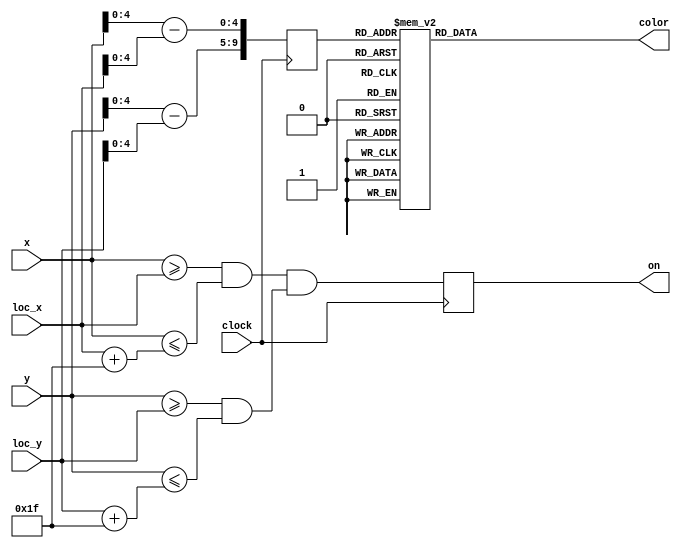
module Prof_F
(
   input            clock, 
   input      [7:0] x,
   input      [7:0] y, 
   input      [7:0] loc_x, 
   input      [7:0] loc_y, 
   output reg       on,
   output reg [1:0] color
);

   localparam WIDTH = 8'd32,
              HEIGHT = 8'd32;

   always @( posedge clock ) begin
      on <= (x >= loc_x && x <= (loc_x+(WIDTH-1)))
            && (y >= loc_y && y <= (loc_y+(HEIGHT-1)));
   end

   reg [9:0] addr;
   always @( posedge clock )
      addr <= {y[4:0]-loc_y[4:0],x[4:0]-loc_x[4:0]};

always @(*) begin
   case( addr )
      10'h000: color = 2'b11;
      10'h001: color = 2'b11;
      10'h002: color = 2'b11;
      10'h003: color = 2'b11;
      10'h004: color = 2'b10;
      10'h005: color = 2'b10;
      10'h006: color = 2'b11;
      10'h007: color = 2'b11;
      10'h008: color = 2'b10;
      10'h009: color = 2'b10;
      10'h00a: color = 2'b11;
      10'h00b: color = 2'b11;
      10'h00c: color = 2'b11;
      10'h00d: color = 2'b11;
      10'h00e: color = 2'b11;
      10'h00f: color = 2'b11;
      10'h010: color = 2'b11;
      10'h011: color = 2'b11;
      10'h012: color = 2'b11;
      10'h013: color = 2'b11;
      10'h014: color = 2'b10;
      10'h015: color = 2'b10;
      10'h016: color = 2'b11;
      10'h017: color = 2'b11;
      10'h018: color = 2'b10;
      10'h019: color = 2'b10;
      10'h01a: color = 2'b11;
      10'h01b: color = 2'b11;
      10'h01c: color = 2'b11;
      10'h01d: color = 2'b11;
      10'h01e: color = 2'b11;
      10'h01f: color = 2'b11;
      10'h020: color = 2'b11;
      10'h021: color = 2'b11;
      10'h022: color = 2'b11;
      10'h023: color = 2'b11;
      10'h024: color = 2'b10;
      10'h025: color = 2'b10;
      10'h026: color = 2'b11;
      10'h027: color = 2'b11;
      10'h028: color = 2'b10;
      10'h029: color = 2'b10;
      10'h02a: color = 2'b11;
      10'h02b: color = 2'b11;
      10'h02c: color = 2'b11;
      10'h02d: color = 2'b11;
      10'h02e: color = 2'b11;
      10'h02f: color = 2'b11;
      10'h030: color = 2'b11;
      10'h031: color = 2'b11;
      10'h032: color = 2'b11;
      10'h033: color = 2'b11;
      10'h034: color = 2'b10;
      10'h035: color = 2'b10;
      10'h036: color = 2'b11;
      10'h037: color = 2'b11;
      10'h038: color = 2'b10;
      10'h039: color = 2'b10;
      10'h03a: color = 2'b11;
      10'h03b: color = 2'b11;
      10'h03c: color = 2'b11;
      10'h03d: color = 2'b11;
      10'h03e: color = 2'b11;
      10'h03f: color = 2'b11;
      10'h040: color = 2'b11;
      10'h041: color = 2'b11;
      10'h042: color = 2'b10;
      10'h043: color = 2'b10;
      10'h044: color = 2'b11;
      10'h045: color = 2'b11;
      10'h046: color = 2'b11;
      10'h047: color = 2'b11;
      10'h048: color = 2'b11;
      10'h049: color = 2'b11;
      10'h04a: color = 2'b00;
      10'h04b: color = 2'b00;
      10'h04c: color = 2'b00;
      10'h04d: color = 2'b00;
      10'h04e: color = 2'b00;
      10'h04f: color = 2'b00;
      10'h050: color = 2'b00;
      10'h051: color = 2'b00;
      10'h052: color = 2'b00;
      10'h053: color = 2'b00;
      10'h054: color = 2'b00;
      10'h055: color = 2'b00;
      10'h056: color = 2'b11;
      10'h057: color = 2'b11;
      10'h058: color = 2'b11;
      10'h059: color = 2'b11;
      10'h05a: color = 2'b10;
      10'h05b: color = 2'b10;
      10'h05c: color = 2'b11;
      10'h05d: color = 2'b11;
      10'h05e: color = 2'b11;
      10'h05f: color = 2'b11;
      10'h060: color = 2'b11;
      10'h061: color = 2'b11;
      10'h062: color = 2'b10;
      10'h063: color = 2'b10;
      10'h064: color = 2'b11;
      10'h065: color = 2'b11;
      10'h066: color = 2'b11;
      10'h067: color = 2'b11;
      10'h068: color = 2'b11;
      10'h069: color = 2'b11;
      10'h06a: color = 2'b00;
      10'h06b: color = 2'b00;
      10'h06c: color = 2'b00;
      10'h06d: color = 2'b00;
      10'h06e: color = 2'b00;
      10'h06f: color = 2'b00;
      10'h070: color = 2'b00;
      10'h071: color = 2'b00;
      10'h072: color = 2'b00;
      10'h073: color = 2'b00;
      10'h074: color = 2'b00;
      10'h075: color = 2'b00;
      10'h076: color = 2'b11;
      10'h077: color = 2'b11;
      10'h078: color = 2'b11;
      10'h079: color = 2'b11;
      10'h07a: color = 2'b10;
      10'h07b: color = 2'b10;
      10'h07c: color = 2'b11;
      10'h07d: color = 2'b11;
      10'h07e: color = 2'b11;
      10'h07f: color = 2'b11;
      10'h080: color = 2'b10;
      10'h081: color = 2'b10;
      10'h082: color = 2'b11;
      10'h083: color = 2'b11;
      10'h084: color = 2'b00;
      10'h085: color = 2'b00;
      10'h086: color = 2'b00;
      10'h087: color = 2'b00;
      10'h088: color = 2'b00;
      10'h089: color = 2'b00;
      10'h08a: color = 2'b11;
      10'h08b: color = 2'b11;
      10'h08c: color = 2'b11;
      10'h08d: color = 2'b11;
      10'h08e: color = 2'b11;
      10'h08f: color = 2'b11;
      10'h090: color = 2'b11;
      10'h091: color = 2'b11;
      10'h092: color = 2'b11;
      10'h093: color = 2'b11;
      10'h094: color = 2'b11;
      10'h095: color = 2'b11;
      10'h096: color = 2'b00;
      10'h097: color = 2'b00;
      10'h098: color = 2'b11;
      10'h099: color = 2'b11;
      10'h09a: color = 2'b11;
      10'h09b: color = 2'b11;
      10'h09c: color = 2'b10;
      10'h09d: color = 2'b10;
      10'h09e: color = 2'b11;
      10'h09f: color = 2'b11;
      10'h0a0: color = 2'b10;
      10'h0a1: color = 2'b10;
      10'h0a2: color = 2'b11;
      10'h0a3: color = 2'b11;
      10'h0a4: color = 2'b00;
      10'h0a5: color = 2'b00;
      10'h0a6: color = 2'b00;
      10'h0a7: color = 2'b00;
      10'h0a8: color = 2'b00;
      10'h0a9: color = 2'b00;
      10'h0aa: color = 2'b11;
      10'h0ab: color = 2'b11;
      10'h0ac: color = 2'b11;
      10'h0ad: color = 2'b11;
      10'h0ae: color = 2'b11;
      10'h0af: color = 2'b11;
      10'h0b0: color = 2'b11;
      10'h0b1: color = 2'b11;
      10'h0b2: color = 2'b11;
      10'h0b3: color = 2'b11;
      10'h0b4: color = 2'b11;
      10'h0b5: color = 2'b11;
      10'h0b6: color = 2'b00;
      10'h0b7: color = 2'b00;
      10'h0b8: color = 2'b11;
      10'h0b9: color = 2'b11;
      10'h0ba: color = 2'b11;
      10'h0bb: color = 2'b11;
      10'h0bc: color = 2'b10;
      10'h0bd: color = 2'b10;
      10'h0be: color = 2'b11;
      10'h0bf: color = 2'b11;
      10'h0c0: color = 2'b11;
      10'h0c1: color = 2'b11;
      10'h0c2: color = 2'b11;
      10'h0c3: color = 2'b11;
      10'h0c4: color = 2'b11;
      10'h0c5: color = 2'b11;
      10'h0c6: color = 2'b00;
      10'h0c7: color = 2'b00;
      10'h0c8: color = 2'b11;
      10'h0c9: color = 2'b11;
      10'h0ca: color = 2'b00;
      10'h0cb: color = 2'b00;
      10'h0cc: color = 2'b00;
      10'h0cd: color = 2'b00;
      10'h0ce: color = 2'b11;
      10'h0cf: color = 2'b11;
      10'h0d0: color = 2'b00;
      10'h0d1: color = 2'b00;
      10'h0d2: color = 2'b00;
      10'h0d3: color = 2'b00;
      10'h0d4: color = 2'b00;
      10'h0d5: color = 2'b00;
      10'h0d6: color = 2'b11;
      10'h0d7: color = 2'b11;
      10'h0d8: color = 2'b00;
      10'h0d9: color = 2'b00;
      10'h0da: color = 2'b11;
      10'h0db: color = 2'b11;
      10'h0dc: color = 2'b11;
      10'h0dd: color = 2'b11;
      10'h0de: color = 2'b10;
      10'h0df: color = 2'b10;
      10'h0e0: color = 2'b11;
      10'h0e1: color = 2'b11;
      10'h0e2: color = 2'b11;
      10'h0e3: color = 2'b11;
      10'h0e4: color = 2'b11;
      10'h0e5: color = 2'b11;
      10'h0e6: color = 2'b00;
      10'h0e7: color = 2'b00;
      10'h0e8: color = 2'b11;
      10'h0e9: color = 2'b11;
      10'h0ea: color = 2'b00;
      10'h0eb: color = 2'b00;
      10'h0ec: color = 2'b00;
      10'h0ed: color = 2'b00;
      10'h0ee: color = 2'b11;
      10'h0ef: color = 2'b11;
      10'h0f0: color = 2'b00;
      10'h0f1: color = 2'b00;
      10'h0f2: color = 2'b00;
      10'h0f3: color = 2'b00;
      10'h0f4: color = 2'b00;
      10'h0f5: color = 2'b00;
      10'h0f6: color = 2'b11;
      10'h0f7: color = 2'b11;
      10'h0f8: color = 2'b00;
      10'h0f9: color = 2'b00;
      10'h0fa: color = 2'b11;
      10'h0fb: color = 2'b11;
      10'h0fc: color = 2'b11;
      10'h0fd: color = 2'b11;
      10'h0fe: color = 2'b10;
      10'h0ff: color = 2'b10;
      10'h100: color = 2'b10;
      10'h101: color = 2'b10;
      10'h102: color = 2'b11;
      10'h103: color = 2'b11;
      10'h104: color = 2'b11;
      10'h105: color = 2'b11;
      10'h106: color = 2'b00;
      10'h107: color = 2'b00;
      10'h108: color = 2'b00;
      10'h109: color = 2'b00;
      10'h10a: color = 2'b11;
      10'h10b: color = 2'b11;
      10'h10c: color = 2'b11;
      10'h10d: color = 2'b11;
      10'h10e: color = 2'b00;
      10'h10f: color = 2'b00;
      10'h110: color = 2'b11;
      10'h111: color = 2'b11;
      10'h112: color = 2'b11;
      10'h113: color = 2'b11;
      10'h114: color = 2'b11;
      10'h115: color = 2'b11;
      10'h116: color = 2'b00;
      10'h117: color = 2'b00;
      10'h118: color = 2'b00;
      10'h119: color = 2'b00;
      10'h11a: color = 2'b11;
      10'h11b: color = 2'b11;
      10'h11c: color = 2'b11;
      10'h11d: color = 2'b11;
      10'h11e: color = 2'b11;
      10'h11f: color = 2'b11;
      10'h120: color = 2'b10;
      10'h121: color = 2'b10;
      10'h122: color = 2'b11;
      10'h123: color = 2'b11;
      10'h124: color = 2'b11;
      10'h125: color = 2'b11;
      10'h126: color = 2'b00;
      10'h127: color = 2'b00;
      10'h128: color = 2'b00;
      10'h129: color = 2'b00;
      10'h12a: color = 2'b11;
      10'h12b: color = 2'b11;
      10'h12c: color = 2'b11;
      10'h12d: color = 2'b11;
      10'h12e: color = 2'b00;
      10'h12f: color = 2'b00;
      10'h130: color = 2'b11;
      10'h131: color = 2'b11;
      10'h132: color = 2'b11;
      10'h133: color = 2'b11;
      10'h134: color = 2'b11;
      10'h135: color = 2'b11;
      10'h136: color = 2'b00;
      10'h137: color = 2'b00;
      10'h138: color = 2'b00;
      10'h139: color = 2'b00;
      10'h13a: color = 2'b11;
      10'h13b: color = 2'b11;
      10'h13c: color = 2'b11;
      10'h13d: color = 2'b11;
      10'h13e: color = 2'b11;
      10'h13f: color = 2'b11;
      10'h140: color = 2'b11;
      10'h141: color = 2'b11;
      10'h142: color = 2'b10;
      10'h143: color = 2'b10;
      10'h144: color = 2'b00;
      10'h145: color = 2'b00;
      10'h146: color = 2'b00;
      10'h147: color = 2'b00;
      10'h148: color = 2'b11;
      10'h149: color = 2'b11;
      10'h14a: color = 2'b11;
      10'h14b: color = 2'b11;
      10'h14c: color = 2'b11;
      10'h14d: color = 2'b11;
      10'h14e: color = 2'b11;
      10'h14f: color = 2'b11;
      10'h150: color = 2'b11;
      10'h151: color = 2'b11;
      10'h152: color = 2'b11;
      10'h153: color = 2'b11;
      10'h154: color = 2'b11;
      10'h155: color = 2'b11;
      10'h156: color = 2'b11;
      10'h157: color = 2'b11;
      10'h158: color = 2'b00;
      10'h159: color = 2'b00;
      10'h15a: color = 2'b00;
      10'h15b: color = 2'b00;
      10'h15c: color = 2'b11;
      10'h15d: color = 2'b11;
      10'h15e: color = 2'b11;
      10'h15f: color = 2'b11;
      10'h160: color = 2'b11;
      10'h161: color = 2'b11;
      10'h162: color = 2'b10;
      10'h163: color = 2'b10;
      10'h164: color = 2'b00;
      10'h165: color = 2'b00;
      10'h166: color = 2'b00;
      10'h167: color = 2'b00;
      10'h168: color = 2'b11;
      10'h169: color = 2'b11;
      10'h16a: color = 2'b11;
      10'h16b: color = 2'b11;
      10'h16c: color = 2'b11;
      10'h16d: color = 2'b11;
      10'h16e: color = 2'b11;
      10'h16f: color = 2'b11;
      10'h170: color = 2'b11;
      10'h171: color = 2'b11;
      10'h172: color = 2'b11;
      10'h173: color = 2'b11;
      10'h174: color = 2'b11;
      10'h175: color = 2'b11;
      10'h176: color = 2'b11;
      10'h177: color = 2'b11;
      10'h178: color = 2'b00;
      10'h179: color = 2'b00;
      10'h17a: color = 2'b00;
      10'h17b: color = 2'b00;
      10'h17c: color = 2'b11;
      10'h17d: color = 2'b11;
      10'h17e: color = 2'b11;
      10'h17f: color = 2'b11;
      10'h180: color = 2'b11;
      10'h181: color = 2'b11;
      10'h182: color = 2'b00;
      10'h183: color = 2'b00;
      10'h184: color = 2'b11;
      10'h185: color = 2'b11;
      10'h186: color = 2'b00;
      10'h187: color = 2'b00;
      10'h188: color = 2'b11;
      10'h189: color = 2'b11;
      10'h18a: color = 2'b10;
      10'h18b: color = 2'b10;
      10'h18c: color = 2'b11;
      10'h18d: color = 2'b11;
      10'h18e: color = 2'b11;
      10'h18f: color = 2'b11;
      10'h190: color = 2'b11;
      10'h191: color = 2'b11;
      10'h192: color = 2'b11;
      10'h193: color = 2'b11;
      10'h194: color = 2'b10;
      10'h195: color = 2'b10;
      10'h196: color = 2'b11;
      10'h197: color = 2'b11;
      10'h198: color = 2'b00;
      10'h199: color = 2'b00;
      10'h19a: color = 2'b11;
      10'h19b: color = 2'b11;
      10'h19c: color = 2'b00;
      10'h19d: color = 2'b00;
      10'h19e: color = 2'b11;
      10'h19f: color = 2'b11;
      10'h1a0: color = 2'b11;
      10'h1a1: color = 2'b11;
      10'h1a2: color = 2'b00;
      10'h1a3: color = 2'b00;
      10'h1a4: color = 2'b11;
      10'h1a5: color = 2'b11;
      10'h1a6: color = 2'b00;
      10'h1a7: color = 2'b00;
      10'h1a8: color = 2'b11;
      10'h1a9: color = 2'b11;
      10'h1aa: color = 2'b10;
      10'h1ab: color = 2'b10;
      10'h1ac: color = 2'b11;
      10'h1ad: color = 2'b11;
      10'h1ae: color = 2'b11;
      10'h1af: color = 2'b11;
      10'h1b0: color = 2'b11;
      10'h1b1: color = 2'b11;
      10'h1b2: color = 2'b11;
      10'h1b3: color = 2'b11;
      10'h1b4: color = 2'b10;
      10'h1b5: color = 2'b10;
      10'h1b6: color = 2'b11;
      10'h1b7: color = 2'b11;
      10'h1b8: color = 2'b00;
      10'h1b9: color = 2'b00;
      10'h1ba: color = 2'b11;
      10'h1bb: color = 2'b11;
      10'h1bc: color = 2'b00;
      10'h1bd: color = 2'b00;
      10'h1be: color = 2'b11;
      10'h1bf: color = 2'b11;
      10'h1c0: color = 2'b11;
      10'h1c1: color = 2'b11;
      10'h1c2: color = 2'b00;
      10'h1c3: color = 2'b00;
      10'h1c4: color = 2'b11;
      10'h1c5: color = 2'b11;
      10'h1c6: color = 2'b11;
      10'h1c7: color = 2'b11;
      10'h1c8: color = 2'b11;
      10'h1c9: color = 2'b11;
      10'h1ca: color = 2'b11;
      10'h1cb: color = 2'b11;
      10'h1cc: color = 2'b00;
      10'h1cd: color = 2'b00;
      10'h1ce: color = 2'b10;
      10'h1cf: color = 2'b10;
      10'h1d0: color = 2'b10;
      10'h1d1: color = 2'b10;
      10'h1d2: color = 2'b00;
      10'h1d3: color = 2'b00;
      10'h1d4: color = 2'b11;
      10'h1d5: color = 2'b11;
      10'h1d6: color = 2'b11;
      10'h1d7: color = 2'b11;
      10'h1d8: color = 2'b11;
      10'h1d9: color = 2'b11;
      10'h1da: color = 2'b11;
      10'h1db: color = 2'b11;
      10'h1dc: color = 2'b00;
      10'h1dd: color = 2'b00;
      10'h1de: color = 2'b11;
      10'h1df: color = 2'b11;
      10'h1e0: color = 2'b11;
      10'h1e1: color = 2'b11;
      10'h1e2: color = 2'b00;
      10'h1e3: color = 2'b00;
      10'h1e4: color = 2'b11;
      10'h1e5: color = 2'b11;
      10'h1e6: color = 2'b11;
      10'h1e7: color = 2'b11;
      10'h1e8: color = 2'b11;
      10'h1e9: color = 2'b11;
      10'h1ea: color = 2'b11;
      10'h1eb: color = 2'b11;
      10'h1ec: color = 2'b00;
      10'h1ed: color = 2'b00;
      10'h1ee: color = 2'b10;
      10'h1ef: color = 2'b10;
      10'h1f0: color = 2'b10;
      10'h1f1: color = 2'b10;
      10'h1f2: color = 2'b00;
      10'h1f3: color = 2'b00;
      10'h1f4: color = 2'b11;
      10'h1f5: color = 2'b11;
      10'h1f6: color = 2'b11;
      10'h1f7: color = 2'b11;
      10'h1f8: color = 2'b11;
      10'h1f9: color = 2'b11;
      10'h1fa: color = 2'b11;
      10'h1fb: color = 2'b11;
      10'h1fc: color = 2'b00;
      10'h1fd: color = 2'b00;
      10'h1fe: color = 2'b11;
      10'h1ff: color = 2'b11;
      10'h200: color = 2'b11;
      10'h201: color = 2'b11;
      10'h202: color = 2'b00;
      10'h203: color = 2'b00;
      10'h204: color = 2'b11;
      10'h205: color = 2'b11;
      10'h206: color = 2'b10;
      10'h207: color = 2'b10;
      10'h208: color = 2'b11;
      10'h209: color = 2'b11;
      10'h20a: color = 2'b11;
      10'h20b: color = 2'b11;
      10'h20c: color = 2'b00;
      10'h20d: color = 2'b00;
      10'h20e: color = 2'b11;
      10'h20f: color = 2'b11;
      10'h210: color = 2'b11;
      10'h211: color = 2'b11;
      10'h212: color = 2'b00;
      10'h213: color = 2'b00;
      10'h214: color = 2'b11;
      10'h215: color = 2'b11;
      10'h216: color = 2'b11;
      10'h217: color = 2'b11;
      10'h218: color = 2'b10;
      10'h219: color = 2'b10;
      10'h21a: color = 2'b11;
      10'h21b: color = 2'b11;
      10'h21c: color = 2'b00;
      10'h21d: color = 2'b00;
      10'h21e: color = 2'b11;
      10'h21f: color = 2'b11;
      10'h220: color = 2'b11;
      10'h221: color = 2'b11;
      10'h222: color = 2'b00;
      10'h223: color = 2'b00;
      10'h224: color = 2'b11;
      10'h225: color = 2'b11;
      10'h226: color = 2'b10;
      10'h227: color = 2'b10;
      10'h228: color = 2'b11;
      10'h229: color = 2'b11;
      10'h22a: color = 2'b11;
      10'h22b: color = 2'b11;
      10'h22c: color = 2'b00;
      10'h22d: color = 2'b00;
      10'h22e: color = 2'b11;
      10'h22f: color = 2'b11;
      10'h230: color = 2'b11;
      10'h231: color = 2'b11;
      10'h232: color = 2'b00;
      10'h233: color = 2'b00;
      10'h234: color = 2'b11;
      10'h235: color = 2'b11;
      10'h236: color = 2'b11;
      10'h237: color = 2'b11;
      10'h238: color = 2'b10;
      10'h239: color = 2'b10;
      10'h23a: color = 2'b11;
      10'h23b: color = 2'b11;
      10'h23c: color = 2'b00;
      10'h23d: color = 2'b00;
      10'h23e: color = 2'b11;
      10'h23f: color = 2'b11;
      10'h240: color = 2'b11;
      10'h241: color = 2'b11;
      10'h242: color = 2'b10;
      10'h243: color = 2'b10;
      10'h244: color = 2'b00;
      10'h245: color = 2'b00;
      10'h246: color = 2'b00;
      10'h247: color = 2'b00;
      10'h248: color = 2'b11;
      10'h249: color = 2'b11;
      10'h24a: color = 2'b11;
      10'h24b: color = 2'b11;
      10'h24c: color = 2'b11;
      10'h24d: color = 2'b11;
      10'h24e: color = 2'b11;
      10'h24f: color = 2'b11;
      10'h250: color = 2'b11;
      10'h251: color = 2'b11;
      10'h252: color = 2'b11;
      10'h253: color = 2'b11;
      10'h254: color = 2'b11;
      10'h255: color = 2'b11;
      10'h256: color = 2'b11;
      10'h257: color = 2'b11;
      10'h258: color = 2'b00;
      10'h259: color = 2'b00;
      10'h25a: color = 2'b00;
      10'h25b: color = 2'b00;
      10'h25c: color = 2'b11;
      10'h25d: color = 2'b11;
      10'h25e: color = 2'b11;
      10'h25f: color = 2'b11;
      10'h260: color = 2'b11;
      10'h261: color = 2'b11;
      10'h262: color = 2'b10;
      10'h263: color = 2'b10;
      10'h264: color = 2'b00;
      10'h265: color = 2'b00;
      10'h266: color = 2'b00;
      10'h267: color = 2'b00;
      10'h268: color = 2'b11;
      10'h269: color = 2'b11;
      10'h26a: color = 2'b11;
      10'h26b: color = 2'b11;
      10'h26c: color = 2'b11;
      10'h26d: color = 2'b11;
      10'h26e: color = 2'b11;
      10'h26f: color = 2'b11;
      10'h270: color = 2'b11;
      10'h271: color = 2'b11;
      10'h272: color = 2'b11;
      10'h273: color = 2'b11;
      10'h274: color = 2'b11;
      10'h275: color = 2'b11;
      10'h276: color = 2'b11;
      10'h277: color = 2'b11;
      10'h278: color = 2'b00;
      10'h279: color = 2'b00;
      10'h27a: color = 2'b00;
      10'h27b: color = 2'b00;
      10'h27c: color = 2'b11;
      10'h27d: color = 2'b11;
      10'h27e: color = 2'b11;
      10'h27f: color = 2'b11;
      10'h280: color = 2'b10;
      10'h281: color = 2'b10;
      10'h282: color = 2'b00;
      10'h283: color = 2'b00;
      10'h284: color = 2'b00;
      10'h285: color = 2'b00;
      10'h286: color = 2'b11;
      10'h287: color = 2'b11;
      10'h288: color = 2'b00;
      10'h289: color = 2'b00;
      10'h28a: color = 2'b11;
      10'h28b: color = 2'b11;
      10'h28c: color = 2'b11;
      10'h28d: color = 2'b11;
      10'h28e: color = 2'b10;
      10'h28f: color = 2'b10;
      10'h290: color = 2'b10;
      10'h291: color = 2'b10;
      10'h292: color = 2'b11;
      10'h293: color = 2'b11;
      10'h294: color = 2'b11;
      10'h295: color = 2'b11;
      10'h296: color = 2'b00;
      10'h297: color = 2'b00;
      10'h298: color = 2'b11;
      10'h299: color = 2'b11;
      10'h29a: color = 2'b00;
      10'h29b: color = 2'b00;
      10'h29c: color = 2'b00;
      10'h29d: color = 2'b00;
      10'h29e: color = 2'b11;
      10'h29f: color = 2'b11;
      10'h2a0: color = 2'b10;
      10'h2a1: color = 2'b10;
      10'h2a2: color = 2'b00;
      10'h2a3: color = 2'b00;
      10'h2a4: color = 2'b00;
      10'h2a5: color = 2'b00;
      10'h2a6: color = 2'b11;
      10'h2a7: color = 2'b11;
      10'h2a8: color = 2'b00;
      10'h2a9: color = 2'b00;
      10'h2aa: color = 2'b11;
      10'h2ab: color = 2'b11;
      10'h2ac: color = 2'b11;
      10'h2ad: color = 2'b11;
      10'h2ae: color = 2'b10;
      10'h2af: color = 2'b10;
      10'h2b0: color = 2'b10;
      10'h2b1: color = 2'b10;
      10'h2b2: color = 2'b11;
      10'h2b3: color = 2'b11;
      10'h2b4: color = 2'b11;
      10'h2b5: color = 2'b11;
      10'h2b6: color = 2'b00;
      10'h2b7: color = 2'b00;
      10'h2b8: color = 2'b11;
      10'h2b9: color = 2'b11;
      10'h2ba: color = 2'b00;
      10'h2bb: color = 2'b00;
      10'h2bc: color = 2'b00;
      10'h2bd: color = 2'b00;
      10'h2be: color = 2'b11;
      10'h2bf: color = 2'b11;
      10'h2c0: color = 2'b00;
      10'h2c1: color = 2'b00;
      10'h2c2: color = 2'b11;
      10'h2c3: color = 2'b11;
      10'h2c4: color = 2'b11;
      10'h2c5: color = 2'b11;
      10'h2c6: color = 2'b00;
      10'h2c7: color = 2'b00;
      10'h2c8: color = 2'b11;
      10'h2c9: color = 2'b11;
      10'h2ca: color = 2'b00;
      10'h2cb: color = 2'b00;
      10'h2cc: color = 2'b00;
      10'h2cd: color = 2'b00;
      10'h2ce: color = 2'b00;
      10'h2cf: color = 2'b00;
      10'h2d0: color = 2'b00;
      10'h2d1: color = 2'b00;
      10'h2d2: color = 2'b00;
      10'h2d3: color = 2'b00;
      10'h2d4: color = 2'b00;
      10'h2d5: color = 2'b00;
      10'h2d6: color = 2'b11;
      10'h2d7: color = 2'b11;
      10'h2d8: color = 2'b00;
      10'h2d9: color = 2'b00;
      10'h2da: color = 2'b11;
      10'h2db: color = 2'b11;
      10'h2dc: color = 2'b11;
      10'h2dd: color = 2'b11;
      10'h2de: color = 2'b00;
      10'h2df: color = 2'b00;
      10'h2e0: color = 2'b00;
      10'h2e1: color = 2'b00;
      10'h2e2: color = 2'b11;
      10'h2e3: color = 2'b11;
      10'h2e4: color = 2'b11;
      10'h2e5: color = 2'b11;
      10'h2e6: color = 2'b00;
      10'h2e7: color = 2'b00;
      10'h2e8: color = 2'b11;
      10'h2e9: color = 2'b11;
      10'h2ea: color = 2'b00;
      10'h2eb: color = 2'b00;
      10'h2ec: color = 2'b00;
      10'h2ed: color = 2'b00;
      10'h2ee: color = 2'b00;
      10'h2ef: color = 2'b00;
      10'h2f0: color = 2'b00;
      10'h2f1: color = 2'b00;
      10'h2f2: color = 2'b00;
      10'h2f3: color = 2'b00;
      10'h2f4: color = 2'b00;
      10'h2f5: color = 2'b00;
      10'h2f6: color = 2'b11;
      10'h2f7: color = 2'b11;
      10'h2f8: color = 2'b00;
      10'h2f9: color = 2'b00;
      10'h2fa: color = 2'b11;
      10'h2fb: color = 2'b11;
      10'h2fc: color = 2'b11;
      10'h2fd: color = 2'b11;
      10'h2fe: color = 2'b00;
      10'h2ff: color = 2'b00;
      10'h300: color = 2'b00;
      10'h301: color = 2'b00;
      10'h302: color = 2'b11;
      10'h303: color = 2'b11;
      10'h304: color = 2'b11;
      10'h305: color = 2'b11;
      10'h306: color = 2'b00;
      10'h307: color = 2'b00;
      10'h308: color = 2'b11;
      10'h309: color = 2'b11;
      10'h30a: color = 2'b11;
      10'h30b: color = 2'b11;
      10'h30c: color = 2'b00;
      10'h30d: color = 2'b00;
      10'h30e: color = 2'b00;
      10'h30f: color = 2'b00;
      10'h310: color = 2'b00;
      10'h311: color = 2'b00;
      10'h312: color = 2'b00;
      10'h313: color = 2'b00;
      10'h314: color = 2'b11;
      10'h315: color = 2'b11;
      10'h316: color = 2'b11;
      10'h317: color = 2'b11;
      10'h318: color = 2'b00;
      10'h319: color = 2'b00;
      10'h31a: color = 2'b11;
      10'h31b: color = 2'b11;
      10'h31c: color = 2'b11;
      10'h31d: color = 2'b11;
      10'h31e: color = 2'b00;
      10'h31f: color = 2'b00;
      10'h320: color = 2'b00;
      10'h321: color = 2'b00;
      10'h322: color = 2'b11;
      10'h323: color = 2'b11;
      10'h324: color = 2'b11;
      10'h325: color = 2'b11;
      10'h326: color = 2'b00;
      10'h327: color = 2'b00;
      10'h328: color = 2'b11;
      10'h329: color = 2'b11;
      10'h32a: color = 2'b11;
      10'h32b: color = 2'b11;
      10'h32c: color = 2'b00;
      10'h32d: color = 2'b00;
      10'h32e: color = 2'b00;
      10'h32f: color = 2'b00;
      10'h330: color = 2'b00;
      10'h331: color = 2'b00;
      10'h332: color = 2'b00;
      10'h333: color = 2'b00;
      10'h334: color = 2'b11;
      10'h335: color = 2'b11;
      10'h336: color = 2'b11;
      10'h337: color = 2'b11;
      10'h338: color = 2'b00;
      10'h339: color = 2'b00;
      10'h33a: color = 2'b11;
      10'h33b: color = 2'b11;
      10'h33c: color = 2'b11;
      10'h33d: color = 2'b11;
      10'h33e: color = 2'b00;
      10'h33f: color = 2'b00;
      10'h340: color = 2'b11;
      10'h341: color = 2'b11;
      10'h342: color = 2'b00;
      10'h343: color = 2'b00;
      10'h344: color = 2'b00;
      10'h345: color = 2'b00;
      10'h346: color = 2'b00;
      10'h347: color = 2'b00;
      10'h348: color = 2'b11;
      10'h349: color = 2'b11;
      10'h34a: color = 2'b11;
      10'h34b: color = 2'b11;
      10'h34c: color = 2'b00;
      10'h34d: color = 2'b00;
      10'h34e: color = 2'b10;
      10'h34f: color = 2'b10;
      10'h350: color = 2'b10;
      10'h351: color = 2'b10;
      10'h352: color = 2'b00;
      10'h353: color = 2'b00;
      10'h354: color = 2'b11;
      10'h355: color = 2'b11;
      10'h356: color = 2'b11;
      10'h357: color = 2'b11;
      10'h358: color = 2'b00;
      10'h359: color = 2'b00;
      10'h35a: color = 2'b00;
      10'h35b: color = 2'b00;
      10'h35c: color = 2'b00;
      10'h35d: color = 2'b00;
      10'h35e: color = 2'b11;
      10'h35f: color = 2'b11;
      10'h360: color = 2'b11;
      10'h361: color = 2'b11;
      10'h362: color = 2'b00;
      10'h363: color = 2'b00;
      10'h364: color = 2'b00;
      10'h365: color = 2'b00;
      10'h366: color = 2'b00;
      10'h367: color = 2'b00;
      10'h368: color = 2'b11;
      10'h369: color = 2'b11;
      10'h36a: color = 2'b11;
      10'h36b: color = 2'b11;
      10'h36c: color = 2'b00;
      10'h36d: color = 2'b00;
      10'h36e: color = 2'b10;
      10'h36f: color = 2'b10;
      10'h370: color = 2'b10;
      10'h371: color = 2'b10;
      10'h372: color = 2'b00;
      10'h373: color = 2'b00;
      10'h374: color = 2'b11;
      10'h375: color = 2'b11;
      10'h376: color = 2'b11;
      10'h377: color = 2'b11;
      10'h378: color = 2'b00;
      10'h379: color = 2'b00;
      10'h37a: color = 2'b00;
      10'h37b: color = 2'b00;
      10'h37c: color = 2'b00;
      10'h37d: color = 2'b00;
      10'h37e: color = 2'b11;
      10'h37f: color = 2'b11;
      10'h380: color = 2'b11;
      10'h381: color = 2'b11;
      10'h382: color = 2'b11;
      10'h383: color = 2'b11;
      10'h384: color = 2'b00;
      10'h385: color = 2'b00;
      10'h386: color = 2'b11;
      10'h387: color = 2'b11;
      10'h388: color = 2'b11;
      10'h389: color = 2'b11;
      10'h38a: color = 2'b11;
      10'h38b: color = 2'b11;
      10'h38c: color = 2'b00;
      10'h38d: color = 2'b00;
      10'h38e: color = 2'b00;
      10'h38f: color = 2'b00;
      10'h390: color = 2'b00;
      10'h391: color = 2'b00;
      10'h392: color = 2'b00;
      10'h393: color = 2'b00;
      10'h394: color = 2'b11;
      10'h395: color = 2'b11;
      10'h396: color = 2'b11;
      10'h397: color = 2'b11;
      10'h398: color = 2'b11;
      10'h399: color = 2'b11;
      10'h39a: color = 2'b00;
      10'h39b: color = 2'b00;
      10'h39c: color = 2'b11;
      10'h39d: color = 2'b11;
      10'h39e: color = 2'b11;
      10'h39f: color = 2'b11;
      10'h3a0: color = 2'b11;
      10'h3a1: color = 2'b11;
      10'h3a2: color = 2'b11;
      10'h3a3: color = 2'b11;
      10'h3a4: color = 2'b00;
      10'h3a5: color = 2'b00;
      10'h3a6: color = 2'b11;
      10'h3a7: color = 2'b11;
      10'h3a8: color = 2'b11;
      10'h3a9: color = 2'b11;
      10'h3aa: color = 2'b11;
      10'h3ab: color = 2'b11;
      10'h3ac: color = 2'b00;
      10'h3ad: color = 2'b00;
      10'h3ae: color = 2'b00;
      10'h3af: color = 2'b00;
      10'h3b0: color = 2'b00;
      10'h3b1: color = 2'b00;
      10'h3b2: color = 2'b00;
      10'h3b3: color = 2'b00;
      10'h3b4: color = 2'b11;
      10'h3b5: color = 2'b11;
      10'h3b6: color = 2'b11;
      10'h3b7: color = 2'b11;
      10'h3b8: color = 2'b11;
      10'h3b9: color = 2'b11;
      10'h3ba: color = 2'b00;
      10'h3bb: color = 2'b00;
      10'h3bc: color = 2'b11;
      10'h3bd: color = 2'b11;
      10'h3be: color = 2'b11;
      10'h3bf: color = 2'b11;
      10'h3c0: color = 2'b11;
      10'h3c1: color = 2'b11;
      10'h3c2: color = 2'b11;
      10'h3c3: color = 2'b11;
      10'h3c4: color = 2'b11;
      10'h3c5: color = 2'b11;
      10'h3c6: color = 2'b00;
      10'h3c7: color = 2'b00;
      10'h3c8: color = 2'b00;
      10'h3c9: color = 2'b00;
      10'h3ca: color = 2'b00;
      10'h3cb: color = 2'b00;
      10'h3cc: color = 2'b00;
      10'h3cd: color = 2'b00;
      10'h3ce: color = 2'b00;
      10'h3cf: color = 2'b00;
      10'h3d0: color = 2'b00;
      10'h3d1: color = 2'b00;
      10'h3d2: color = 2'b00;
      10'h3d3: color = 2'b00;
      10'h3d4: color = 2'b00;
      10'h3d5: color = 2'b00;
      10'h3d6: color = 2'b00;
      10'h3d7: color = 2'b00;
      10'h3d8: color = 2'b00;
      10'h3d9: color = 2'b00;
      10'h3da: color = 2'b11;
      10'h3db: color = 2'b11;
      10'h3dc: color = 2'b11;
      10'h3dd: color = 2'b11;
      10'h3de: color = 2'b11;
      10'h3df: color = 2'b11;
      10'h3e0: color = 2'b11;
      10'h3e1: color = 2'b11;
      10'h3e2: color = 2'b11;
      10'h3e3: color = 2'b11;
      10'h3e4: color = 2'b11;
      10'h3e5: color = 2'b11;
      10'h3e6: color = 2'b00;
      10'h3e7: color = 2'b00;
      10'h3e8: color = 2'b00;
      10'h3e9: color = 2'b00;
      10'h3ea: color = 2'b00;
      10'h3eb: color = 2'b00;
      10'h3ec: color = 2'b00;
      10'h3ed: color = 2'b00;
      10'h3ee: color = 2'b00;
      10'h3ef: color = 2'b00;
      10'h3f0: color = 2'b00;
      10'h3f1: color = 2'b00;
      10'h3f2: color = 2'b00;
      10'h3f3: color = 2'b00;
      10'h3f4: color = 2'b00;
      10'h3f5: color = 2'b00;
      10'h3f6: color = 2'b00;
      10'h3f7: color = 2'b00;
      10'h3f8: color = 2'b00;
      10'h3f9: color = 2'b00;
      10'h3fa: color = 2'b11;
      10'h3fb: color = 2'b11;
      10'h3fc: color = 2'b11;
      10'h3fd: color = 2'b11;
      10'h3fe: color = 2'b11;
      10'h3ff: color = 2'b11;
   endcase
end
endmodule